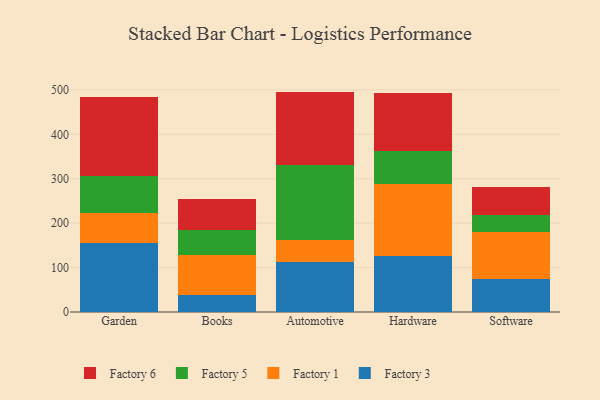
{"axis": {"x": "Category", "y": "Satisfaction Score"}, "legend": ["Factory 1", "Factory 3", "Factory 5", "Factory 6"], "data": [{"x": "Garden", "y": 154.7, "type": "Factory 3"}, {"x": "Garden", "y": 69.0, "type": "Factory 1"}, {"x": "Garden", "y": 83.5, "type": "Factory 5"}, {"x": "Garden", "y": 176.9, "type": "Factory 6"}, {"x": "Books", "y": 38.0, "type": "Factory 3"}, {"x": "Books", "y": 90.8, "type": "Factory 1"}, {"x": "Books", "y": 55.1, "type": "Factory 5"}, {"x": "Books", "y": 71.4, "type": "Factory 6"}, {"x": "Automotive", "y": 113.7, "type": "Factory 3"}, {"x": "Automotive", "y": 48.3, "type": "Factory 1"}, {"x": "Automotive", "y": 170.1, "type": "Factory 5"}, {"x": "Automotive", "y": 164.2, "type": "Factory 6"}, {"x": "Hardware", "y": 125.9, "type": "Factory 3"}, {"x": "Hardware", "y": 163.2, "type": "Factory 1"}, {"x": "Hardware", "y": 73.6, "type": "Factory 5"}, {"x": "Hardware", "y": 130.8, "type": "Factory 6"}, {"x": "Software", "y": 75.1, "type": "Factory 3"}, {"x": "Software", "y": 105.0, "type": "Factory 1"}, {"x": "Software", "y": 38.8, "type": "Factory 5"}, {"x": "Software", "y": 62.3, "type": "Factory 6"}]}